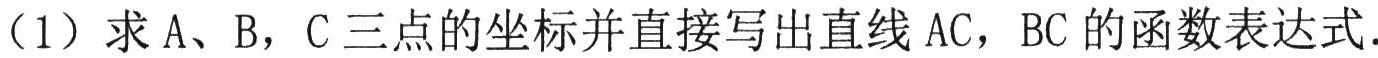
（1）求A、B，C三点的坐标并直接写出直线AC，BC的函数表达式.